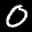
Label: 0